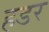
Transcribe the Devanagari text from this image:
हडर